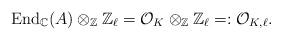
LaTeX: \begin{align*}\mathrm{End}_{\mathbb{C}}(A)\otimes_{\mathbb{Z}}\mathbb{Z}_{\ell}=\mathcal{O}_K\otimes_{\mathbb{Z}}\mathbb{Z}_{\ell}=:\mathcal{O}_{K,\ell}.\end{align*}